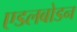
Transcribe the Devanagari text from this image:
एडलबोडन